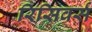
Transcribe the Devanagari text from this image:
रिसिवर्स